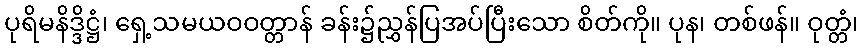
ပုရိမနိဒ္ဒိဋ္ဌံ၊ ရှေ့သမယဝဝတ္တာန် ခန်း၌ညွှန်ပြအပ်ပြီးသော စိတ်ကို။ ပုန၊ တစ်ဖန်။ ဝုတ္တံ၊